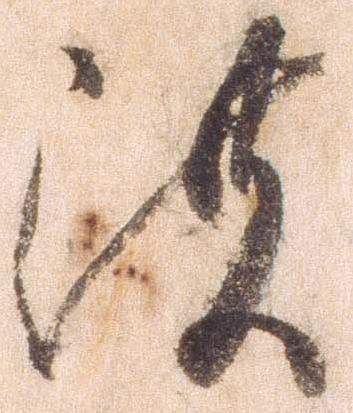
濃